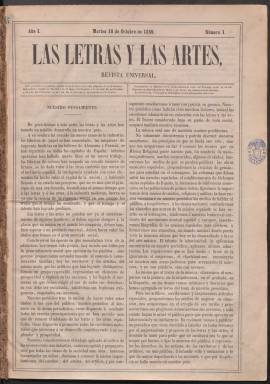
Título: Las Letras y las artes
Colección: Cultura
Ámbito geográfico: Madrid
Lugar de publicación: Madrid
Fechas: 18/10/1859-04/03/1860